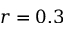
r = 0 . 3